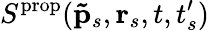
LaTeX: S^{\mathrm{prop}}(\mathbf{\tilde{p}}_{s},\textbf{r}_{s},t,t_{s}^{\prime})